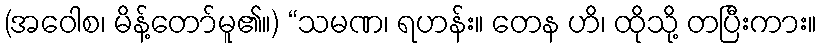
(အဝေါစ၊ မိန့်တော်မူ၏။) “သမဏ၊ ရဟန်း။ တေန ဟိ၊ ထိုသို့ တပြီးကား။